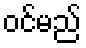
ဝင်မည်